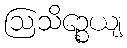
ဩသိဉ္စေယျ